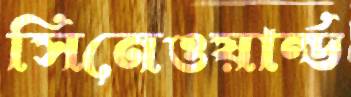
সিনেওয়ার্ল্ড